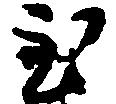
至